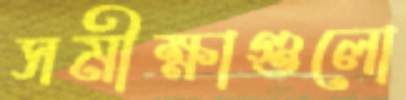
সমীক্ষাগুলো